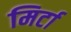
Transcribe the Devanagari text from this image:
मिर्टा